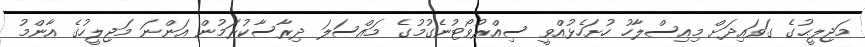
މަޖިލީޙުގެ ގަވައިދަށް މިއިސްލާހު ހުށަހެޅުއްވީ ސިއްރުވޯޓުނެގުމުގެ މައްސަލަ ދިރާސާކުރަމުން އަންނަ މަޖިލީހުގެ އާންމު